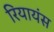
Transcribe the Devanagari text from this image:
रियायंस